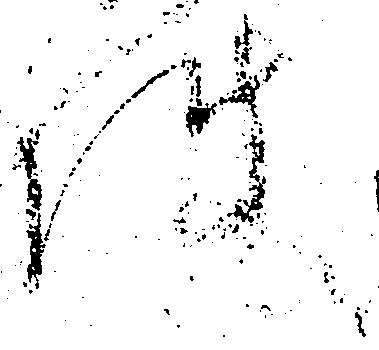
件